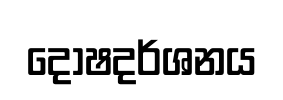
දෝෂදර්ශනය